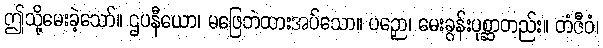
ဤသို့မေးခဲ့သော်။ ဌပနီယော၊ မဖြေဘဲထားအပ်သော။ ပဉှော၊ မေးခွန်းပုစ္ဆာတည်း။ တံဇီဝံ၊